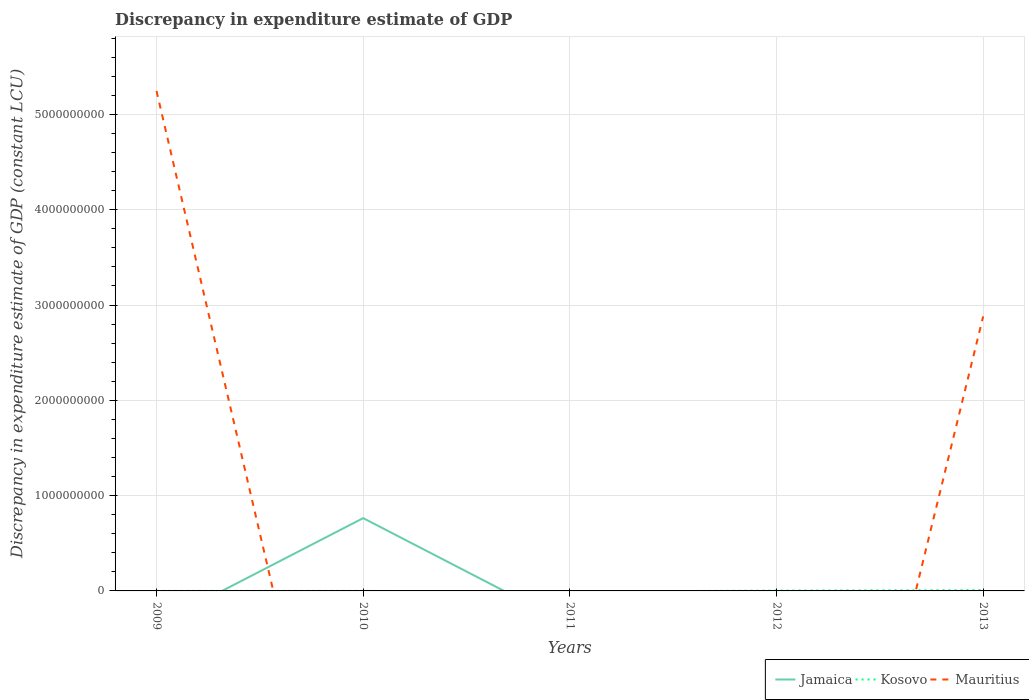
| Years | Jamaica | Kosovo | Mauritius |
 | --- | --- | --- | --- |
 | 2009 | -3.55e+08 | 1e+05 | 5.25e+09 |
 | 2010 | 7.64e+08 | 2e+05 | -4.04e+09 |
 | 2011 | -3.57e+08 | -7.3e+06 | -6.18e+09 |
 | 2012 | -9.37e+08 | 3.9e+06 | -5.95e+09 |
 | 2013 | -7.25e+08 | 8.2e+06 | 2.88e+09 |